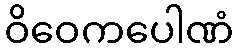
ဝိဝေကပေါဏံ